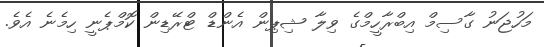
މަހުޖަނު ގާސިމް އިބްރާހީމްގެ ވިލާ ޝިޕިން އެންޑް ޓްރޭޑިން ކޮމްޕެނީ ހިމެނެ އެވެ.